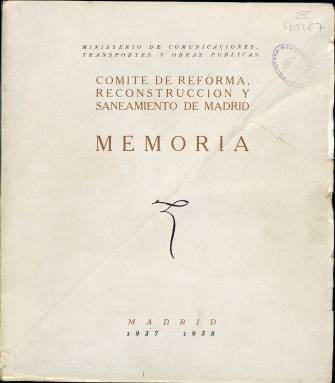
Título: Memoria / Comité de Reforma, Reconstrucción y Saneamiento de Madrid
Colección: Guerra civil || Arquitectura y construcción
Ámbito geográfico: Madrid
Lugar de publicación: Madrid
Fechas: 01/01/1937-31/12/1938

Tras esta publicación de título tan técnico está un documento insólito y de un gran valor histórico, pues se trata de un informe sobre los trabajos realizados en plena Guerra Civil para la reforma de distintos barrios y lugares emblemáticos de la capital de España. La Memoria, en efecto, lleva fecha de 1937 y 1938, años en que Madrid sufrió bombardeos y otras destrucciones a causa del conflicto bélico.

  La Memoria fue redactada a mediados de 1938, cuando ya se había cumplido más de un año de la constitución del Comité de Reforma, en abril de 1937, fecha en que empezó su labor contratando personal ocioso para hacer labores de desescombro o protección de monumentos. Más tarde sus trabajos consistieron en proyectar el desarrollo de la ciudad para después de la guerra, previendo sus necesidades futuras.

   Este Comité formó un Servicio de Socorro de Bombardeos, tanto de la aviación como de la artillería, para apuntalar aquellas edificaciones afectadas por los proyectiles. En la Memoria se recogen en un gráfico los más de 6.000 siniestros atendidos en los distintos distritos madrileños. Se anotan en el informe las fincas dañadas a fin de rehabilitarlas o demolerlas en su caso.

  La información gráfica es una de las principales características de esta publicación, con dibujos, planos, cuadros esquemáticos y fotografías. Una gran parte de sus casi cien páginas son ilustraciones, lo que la hace sumamente atractiva a la lectura.

  Se pueden ver por ejemplo fotografías de la protección realizada a monumentos como las estatuas de Felipe III en la Plaza Mayor y la de Felipe IV en la Plaza de Oriente, o la llevada a cabo en las fuentes de la Cibeles o Neptuno, en el paseo del Prado, así como la especial protección dispensada a edificios como el Museo del Prado y diferentes inmuebles históricos-artísticos.

  En la Memoria se proponen distintos proyectos de reforma urbanística en el centro de Madrid. Uno de los más sobresalientes es el que afecta a la Plaza de la Independencia y al monumento de la Puerta de Alcalá, uno de los mayores emblemas de la ciudad. El Comité proponía quitar el jardín que rodea a la Puerta y sustituirlo por una zona enlosada de piedra sobre una plataforma alzada y comunicada mediante escaleras con la calzada. También proponía reducir la plaza, dando más espacio a las aceras y al arbolado.

  En resumen, esta Memoria es un documento testimonio de Madrid en los años de la guerra con un gran valor histórico realzado por la diversidad y cantidad de ilustraciones que acompañan a los textos.

[Descripción publicada el 17/08/2022]